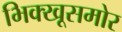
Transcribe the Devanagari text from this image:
भिक्खूसमोर